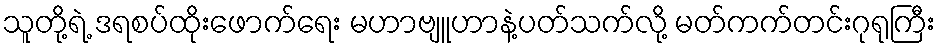
သူတို့ရဲ့ ဒရစပ်ထိုးဖောက်ရေး မဟာဗျူဟာနဲ့ပတ်သက်လို့ မတ်ကက်တင်းဂုရုကြီး